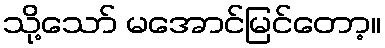
သို့သော် မအောင်မြင်တော့။